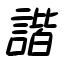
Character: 諧